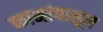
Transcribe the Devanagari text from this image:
कामांपासून